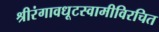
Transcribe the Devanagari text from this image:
श्रीरंगावधूटस्वामीविरचित